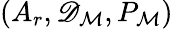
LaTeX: (A_{r},\mathscr{D}_{\mathcal{M}},P_{\mathcal{M}})